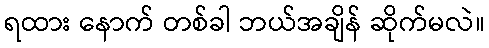
ရထား နောက် တစ်ခါ ဘယ်အချိန် ဆိုက်မလဲ။